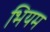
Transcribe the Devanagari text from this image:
भियम